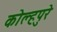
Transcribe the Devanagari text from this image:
कोल्हपुरे